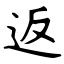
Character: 返